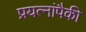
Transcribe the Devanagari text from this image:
प्रयत्नांपैकी